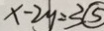
x - 2 y = 3 \textcircled { 5 }